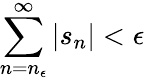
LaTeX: \sum_{n=n_{\epsilon}}^{\infty}|s_{n}|<\epsilon